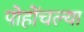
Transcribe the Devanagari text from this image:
पोहोंचल्या